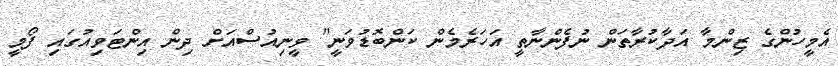
އެމީހުންގެ ޒިންމާ އަދާކުރާތަން ނުފެންނާތީ އަހަރެމެން ކަންބޮޑުވަނީ" ވީނިއުސްއަށް ދިން އިންޓަވިއުގައި ފޯމީ